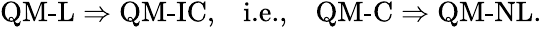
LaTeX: \begin{array}{rlr}{\textrm{QM-L}\Rightarrow\textrm{QM-IC},}&{{}\textrm{i.e.,}}&{\textrm{QM-C}\Rightarrow\textrm{QM-NL}.}\end{array}